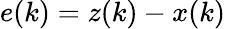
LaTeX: e(k)=z(k)-x(k)